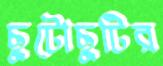
ছুটোছুটির